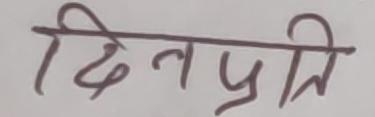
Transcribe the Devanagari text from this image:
दिनप्रति